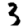
Digit: 3